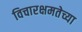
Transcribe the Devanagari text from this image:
विचारक्षमतेच्या